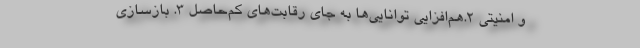
و امنیتی ۲.هم‌افزاییِ توانایی‌ها به جای رقابت‌های کم‌حاصل ۳. بازسازی